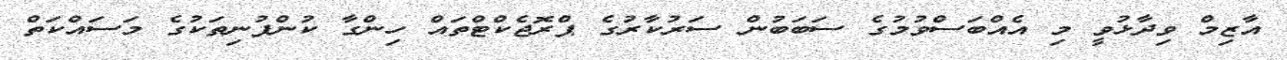
އާޒިމް ވިދާޅުވީ މި އެއްބަސްވުމުގެ ސަބަބުން ސަރުކާރުގެ ޕްރޮޖެކްޓްތައް ހިންގާ ކުންފުނިތަކުގެ މަސައްކަތް